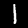
Label: 1